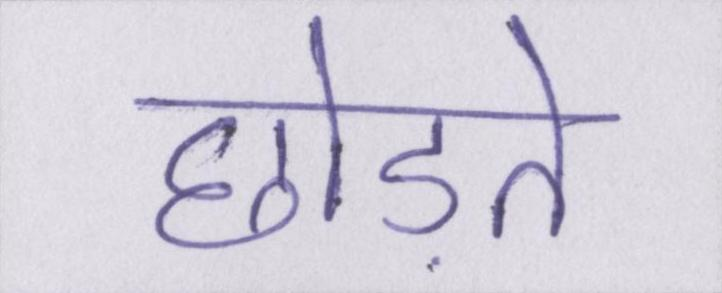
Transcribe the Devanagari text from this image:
छोड़ते